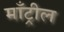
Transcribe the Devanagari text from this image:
माँट्रील